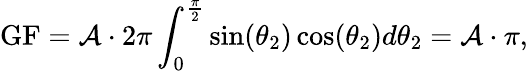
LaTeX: \mathrm{GF}=\mathcal{A}\cdot 2\pi\int_{0}^{\frac{\pi}{2}}\sin(\theta_{2})\cos(\theta_{2})d\theta_{2}=\mathcal{A}\cdot\pi,